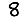
Digit: 8